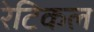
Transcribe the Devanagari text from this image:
रेटिकल